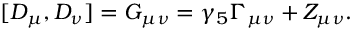
[ D _ { \mu } , D _ { \nu } ] = G _ { \mu \nu } = \gamma _ { 5 } \Gamma _ { \mu \nu } + Z _ { \mu \nu } .